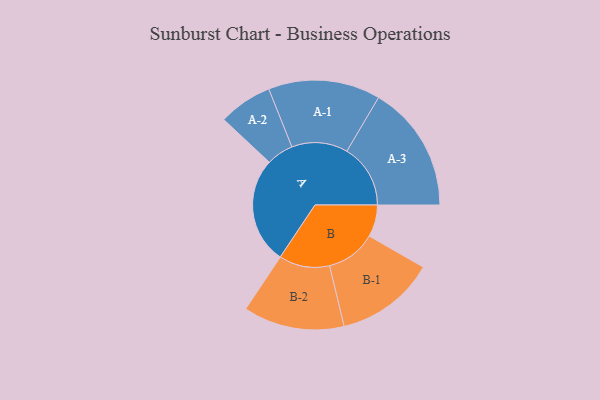
{"axis": {"x": "Segment", "y": "Value"}, "legend": ["", "A", "B"], "data": [{"x": "A", "y": 490, "type": ""}, {"x": "B", "y": 147, "type": ""}, {"x": "A-1", "y": 258, "type": "A"}, {"x": "A-2", "y": 124, "type": "A"}, {"x": "A-3", "y": 293, "type": "A"}, {"x": "B-1", "y": 230, "type": "B"}, {"x": "B-2", "y": 233, "type": "B"}]}